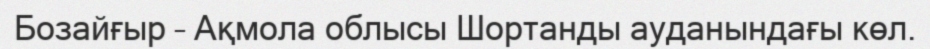
Бозайғыр – Ақмола облысы Шортанды ауданындағы көл.